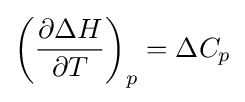
\left({\frac {\partial \Delta H}{\partial T}}\right)_{p}=\Delta C_{p}